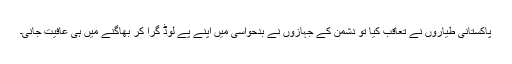
پاکستانی طیاروں نے تعاقب کیا تو دشمن کے جہازوں نے بدحواسی میں اپنے پے لوڈ گرا کر بھاگنے میں ہی عافیت جانی۔